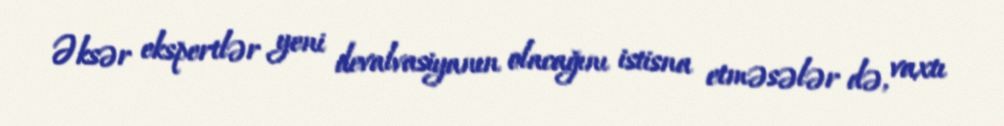
Əksər ekspertlər yeni devalvasiyanın olacağını istisna etməsələr də, vaxtı